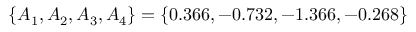
\{ A _ { 1 } , A _ { 2 } , A _ { 3 } , A _ { 4 } \} = \{ 0 . 3 6 6 , - 0 . 7 3 2 , - 1 . 3 6 6 , - 0 . 2 6 8 \}